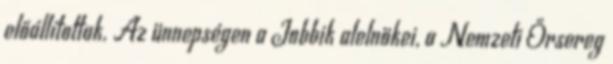
előállítottak. Az ünnepségen a Jobbik alelnökei, a Nemzeti Őrsereg